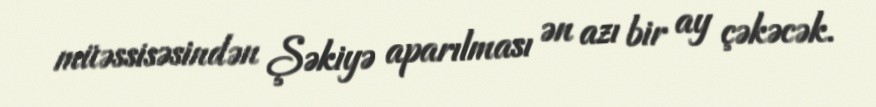
müəssisəsindən Şəkiyə aparılması ən azı bir ay çəkəcək.